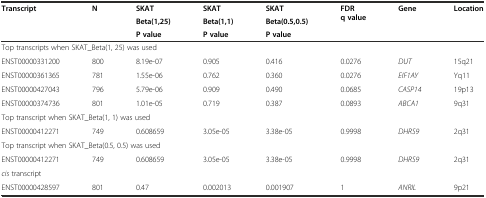
| <ROWSPAN=3> Transcript | <ROWSPAN=3> N | SKAT | SKAT | SKAT | <ROWSPAN=3> FDR q value | <ROWSPAN=3> Gene | <ROWSPAN=3> Location |
 | Beta(1,25) | Beta(1,1) | Beta(0.5,0.5) |
 | P value | P value | P value |
 | --- | --- | --- | --- | --- | --- | --- | --- |
 | <COLSPAN=8> Top transcripts when SKAT_Beta(1, 25) was used |
 | ENST00000331200 | 800 | 8.19e-07 | 0.905 | 0.416 | 0.0276 | DUT | 15q21 |
 | ENST00000361365 | 781 | 1.55e-06 | 0.762 | 0.360 | 0.0276 | EIF1AY | Yq11 |
 | ENST00000427043 | 796 | 5.79e-06 | 0.909 | 0.490 | 0.0685 | CASP14 | 19p13 |
 | ENST00000374736 | 801 | 1.01e-05 | 0.719 | 0.387 | 0.0893 | ABCA1 | 9q31 |
 | <COLSPAN=8> Top transcript when SKAT_Beta(1, 1) was used |
 | ENST00000412271 | 749 | 0.608659 | 3.05e-05 | 3.38e-05 | 0.9998 | DHRS9 | 2q31 |
 | <COLSPAN=8> Top transcript when SKAT_Beta(0.5, 0.5) was used |
 | ENST00000412271 | 749 | 0.608659 | 3.05e-05 | 3.38e-05 | 0.9998 | DHRS9 | 2q31 |
 | <COLSPAN=8> cis transcript |
 | ENST00000428597 | 801 | 0.47 | 0.002013 | 0.001907 | 1 | ANRIL | 9p21 |